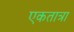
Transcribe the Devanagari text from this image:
एकतात्रा